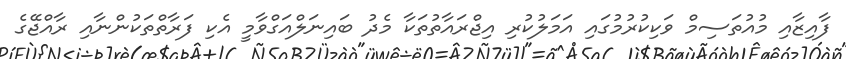
ފާއިޒާއި މުއުތަސިމް ވަކިކުރުމުގައި އަމަލުކުރި އިޖްރައާތުތަކާ މެދު ބައިނަލްއަގްވާމީ އެކި ފަރާތްތަކުންނާއި ރާއްޖޭގެ